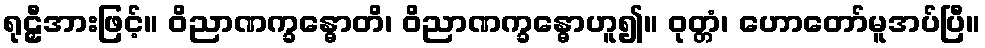
ရုဠှီအားဖြင့်။ ဝိညာဏက္ခန္ဓောတိ၊ ဝိညာဏက္ခန္ဓောဟူ၍။ ဝုတ္တံ၊ ဟောတော်မူအပ်ပြီ။